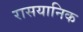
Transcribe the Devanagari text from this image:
रासयानिक